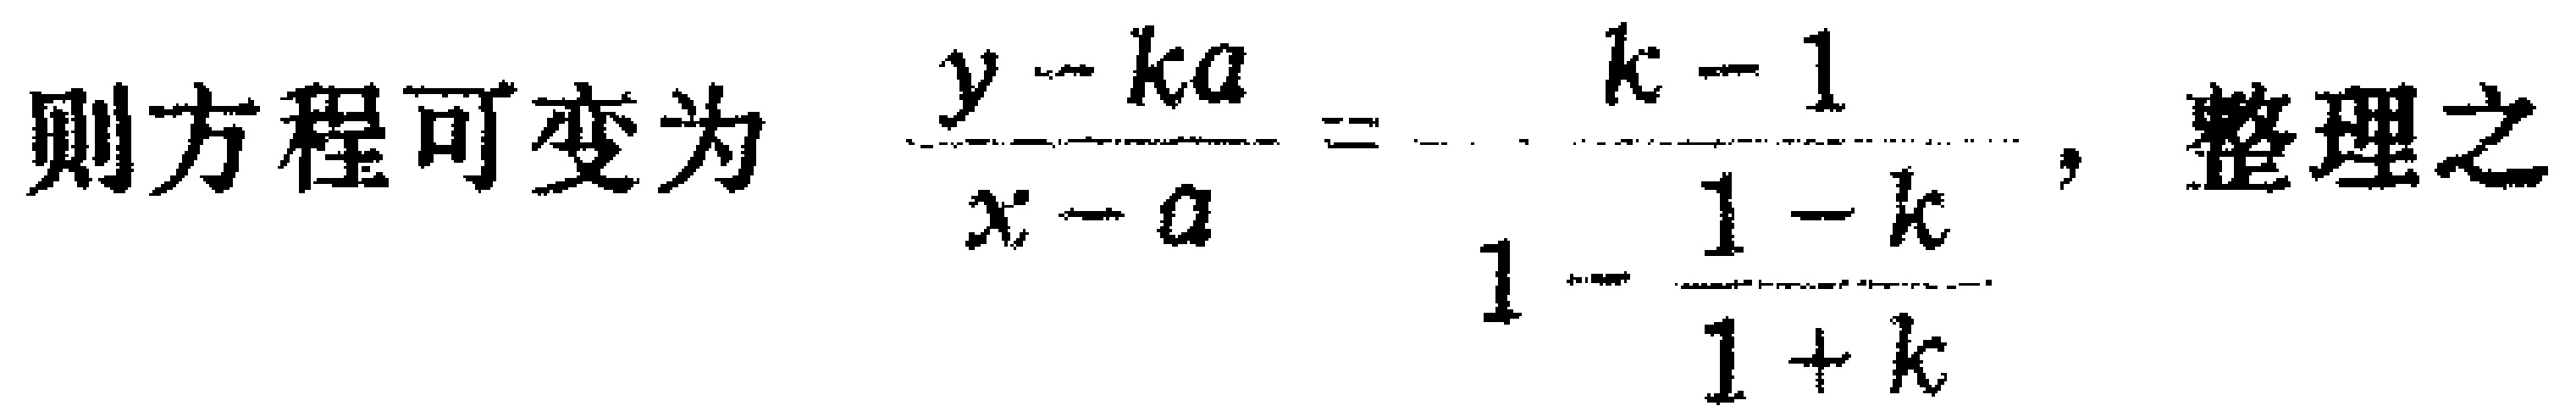
则方程可变为 \(\frac{y - ka}{x - a}=-\frac{k - 1}{1-\frac{1 - k}{1 + k}}\)，整理之